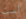
لست